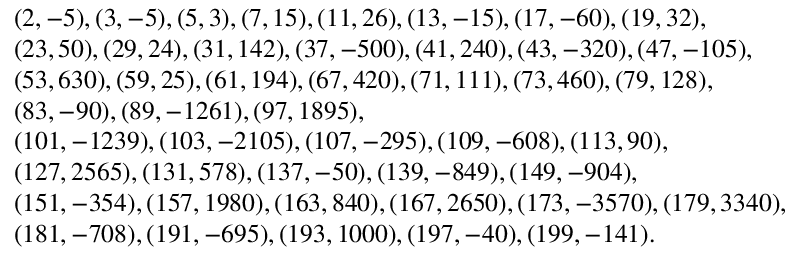
\begin{array} { r l } & { ( 2 , - 5 ) , ( 3 , - 5 ) , ( 5 , 3 ) , ( 7 , 1 5 ) , ( 1 1 , 2 6 ) , ( 1 3 , - 1 5 ) , ( 1 7 , - 6 0 ) , ( 1 9 , 3 2 ) , } \\ & { ( 2 3 , 5 0 ) , ( 2 9 , 2 4 ) , ( 3 1 , 1 4 2 ) , ( 3 7 , - 5 0 0 ) , ( 4 1 , 2 4 0 ) , ( 4 3 , - 3 2 0 ) , ( 4 7 , - 1 0 5 ) , } \\ & { ( 5 3 , 6 3 0 ) , ( 5 9 , 2 5 ) , ( 6 1 , 1 9 4 ) , ( 6 7 , 4 2 0 ) , ( 7 1 , 1 1 1 ) , ( 7 3 , 4 6 0 ) , ( 7 9 , 1 2 8 ) , } \\ & { ( 8 3 , - 9 0 ) , ( 8 9 , - 1 2 6 1 ) , ( 9 7 , 1 8 9 5 ) , } \\ & { ( 1 0 1 , - 1 2 3 9 ) , ( 1 0 3 , - 2 1 0 5 ) , ( 1 0 7 , - 2 9 5 ) , ( 1 0 9 , - 6 0 8 ) , ( 1 1 3 , 9 0 ) , } \\ & { ( 1 2 7 , 2 5 6 5 ) , ( 1 3 1 , 5 7 8 ) , ( 1 3 7 , - 5 0 ) , ( 1 3 9 , - 8 4 9 ) , ( 1 4 9 , - 9 0 4 ) , } \\ & { ( 1 5 1 , - 3 5 4 ) , ( 1 5 7 , 1 9 8 0 ) , ( 1 6 3 , 8 4 0 ) , ( 1 6 7 , 2 6 5 0 ) , ( 1 7 3 , - 3 5 7 0 ) , ( 1 7 9 , 3 3 4 0 ) , } \\ & { ( 1 8 1 , - 7 0 8 ) , ( 1 9 1 , - 6 9 5 ) , ( 1 9 3 , 1 0 0 0 ) , ( 1 9 7 , - 4 0 ) , ( 1 9 9 , - 1 4 1 ) . } \end{array}